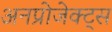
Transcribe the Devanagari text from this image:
अनप्रोजेक्ट्स